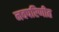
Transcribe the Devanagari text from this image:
नवपरिणीत